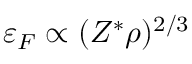
\varepsilon _ { F } \propto ( Z ^ { * } \rho ) ^ { 2 / 3 }